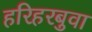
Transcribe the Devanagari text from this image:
हरिहरबुवा